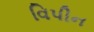
વિપીન